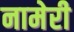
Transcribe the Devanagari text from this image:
नामेरी